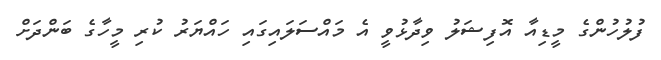
ފުލުހުންގެ މީޑިއާ އޮފިޝަލު ވިދާޅުވީ އެ މައްސަލައިގައި ހައްޔަރު ކުރި މީހާގެ ބަންދަށް